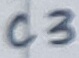
Text: C3